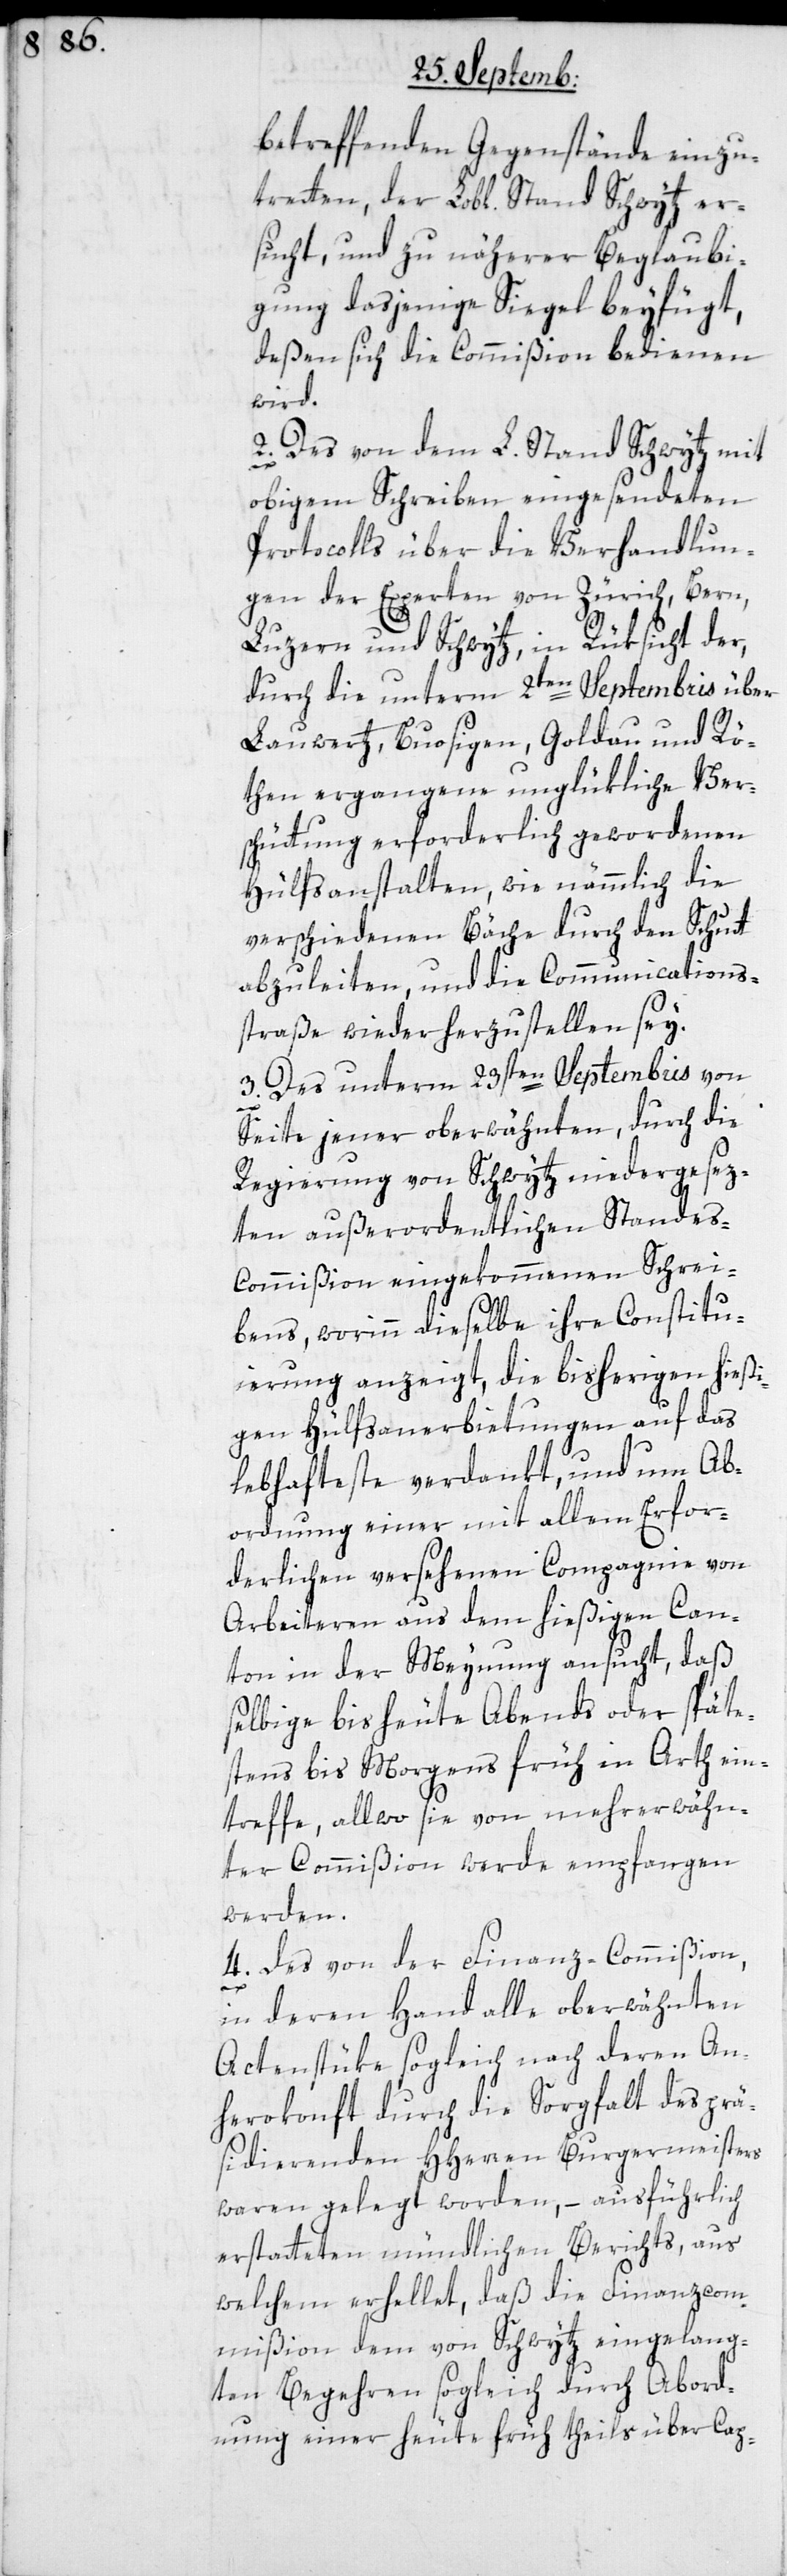
betreffenden Gegenstände einzu¬
tretten, der Lobl. Stand Schwytz er¬
sucht, und zu näherer Beglaubi¬
gung dasjenige Siegel beyfügt,
deßen sich die Commißion bedienen
wird.
2. Des von dem L. Stand Schwytz mit
obigem Schreiben eingesendeten
Protocolls über die Verhandlun¬
gen der Experten von Zürich, Bern,
Luzern und Schwytz, in Rüksicht der,
durch die unterm 2ten September über
Lauwertz, Buosigen, Goldau und Rö¬
then ergangene unglükliche Ver¬
schüttung erforderlich gewordenen
Hülfsanstalten, wie nämmlich die
verschiedenen Bäche durch den Schutt
abzuleiten, und die Communications¬
straße wieder herzustellen sey.
3. Des unterm 23sten Septembris von
Seite jener oberwähnten, durch die
Regierung von Schwytz niedergesez¬
ten außerordentlichen Stande¬
s-Commißion eingekommenen Schrei¬
bens, worinn dieselbe ihre Constitu¬
ierung anzeigt, die bisherigen hießi¬
gen Hülfsanerbietungen auf das
lebhaftetste verdankt, und um Ab¬
ordnung einer mit allem Erfor¬
derlichen versehenen Compagnie von
Arbeiteren aus dem hießigen Can¬
ton in der Meynung ansucht, daß
selbige bis heute Abends oder späte¬
stens bis Morgens früh in Arth ein¬
treffe, allwo sie von mehrerwähn¬
ter Commißion werde empfangen
werden.
4. des von der Finanz-Commißion,
in deren Hand alle oberwähnten
Actenstüke sogleich nach deren An¬
herokonft durch die Sorgfalt des prä¬
sidierenden HHerren Burgermeisters
waren gelegt worden, – ausführlich
erstatteten mündlichen Berichts, aus
welchem erhellet, daß die Finanzcom¬
mißion dem von Schwytz eingelang¬
ten Begehren sogleich durch Abord¬
nung einer heute früh theils über Cap-